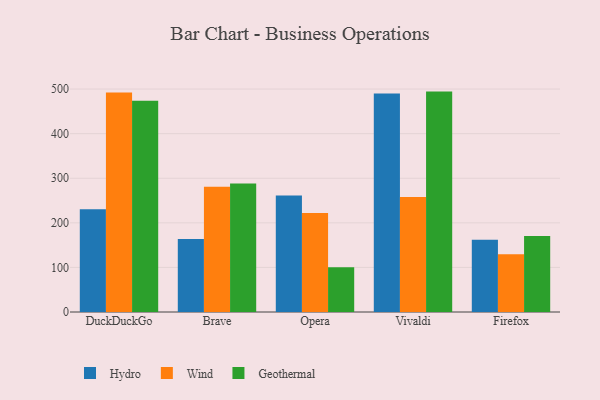
{"axis": {"x": "Browser", "y": "Net Income (USD K)"}, "legend": ["Geothermal", "Hydro", "Wind"], "data": [{"x": "DuckDuckGo", "y": 230.5, "type": "Hydro"}, {"x": "DuckDuckGo", "y": 492.1, "type": "Wind"}, {"x": "DuckDuckGo", "y": 473.9, "type": "Geothermal"}, {"x": "Brave", "y": 163.5, "type": "Hydro"}, {"x": "Brave", "y": 281.0, "type": "Wind"}, {"x": "Brave", "y": 288.3, "type": "Geothermal"}, {"x": "Opera", "y": 261.5, "type": "Hydro"}, {"x": "Opera", "y": 222.3, "type": "Wind"}, {"x": "Opera", "y": 100.6, "type": "Geothermal"}, {"x": "Vivaldi", "y": 490.1, "type": "Hydro"}, {"x": "Vivaldi", "y": 257.9, "type": "Wind"}, {"x": "Vivaldi", "y": 494.3, "type": "Geothermal"}, {"x": "Firefox", "y": 162.2, "type": "Hydro"}, {"x": "Firefox", "y": 129.3, "type": "Wind"}, {"x": "Firefox", "y": 170.7, "type": "Geothermal"}]}